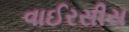
વાઈરસીસ